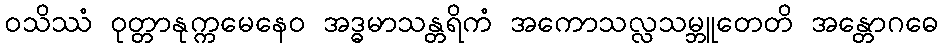
ဝသိဿံ ဝုတ္တာနုက္ကမေနေဝ အဒ္ဓမာသန္တရိကံ အကောသလ္လသမ္ဘူတေတိ အန္တောဂဓေ